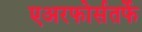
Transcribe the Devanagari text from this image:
एअरफोर्सतर्फे